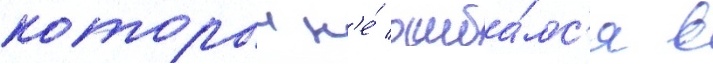
которыи н'е́ ошиба́лс'я в